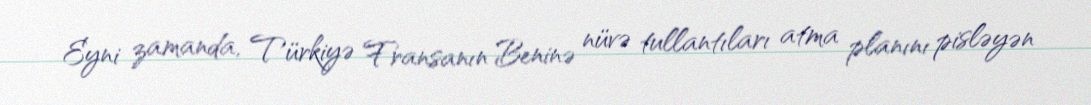
Eyni zamanda, Türkiyə Fransanın Beninə nüvə tullantıları atma planını pisləyən